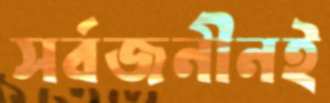
সর্বজনীনই